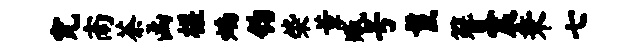
究南茶函槎焰钧柴董臧号鬣簪震秉七